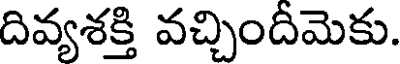
దివ్యశక్తి వచ్చిందీమెకు.